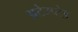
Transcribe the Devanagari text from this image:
अटेम्प्टेड